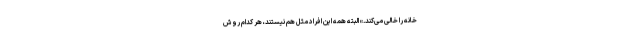
خانه را خالی می‌کند.» البته همه این افراد مثل هم نیستند، هر کدام روش